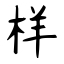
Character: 样